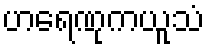
ဟရေဏုကယူသံ